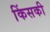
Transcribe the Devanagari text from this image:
किंसकी